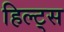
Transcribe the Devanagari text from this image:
हिल्ट्स